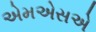
એમએસએ